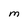
Character: m